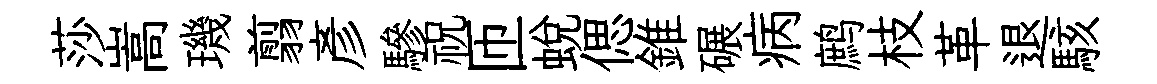
莎嵩璣翦彥驂祝匝蜕偲錐碾病鹧枝革退駭